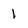
Character: 1